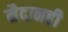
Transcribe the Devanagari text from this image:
मैदानही